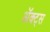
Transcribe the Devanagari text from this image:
ॲक्ट्स